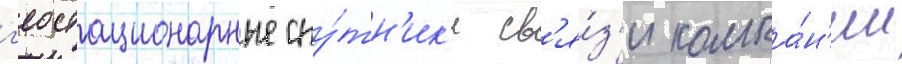
г'еостационарные спу́тн'ик'и св'я́з'и компа́н'ии